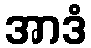
အာဒံ